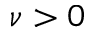
\nu > 0